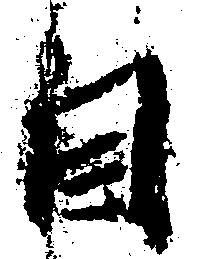
自